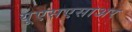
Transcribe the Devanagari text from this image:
यूएसएसाअर